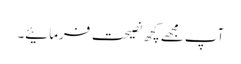
آپ مجھے کچھ نصیحت فرمائیے۔